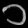
Digit: ၁